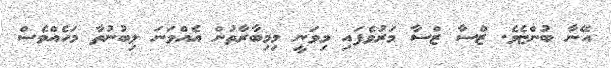
އޭނާ ބުންޏެވެ. ޒްސާ ޒްސާ މަރުވެފައި މިވަނީ މިމިބާރާތުން އެއްވަނަ ލިބުނުތާ މަހެއްވެސް